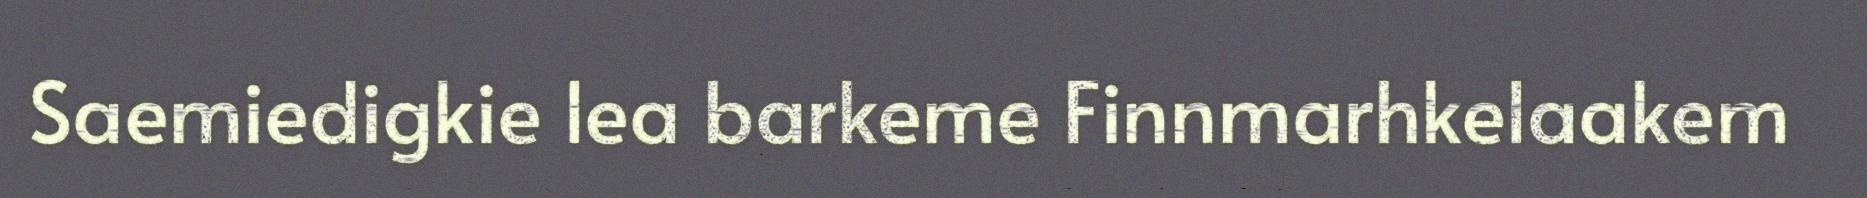
Saemiedigkie lea barkeme Finnmarhkelaakem